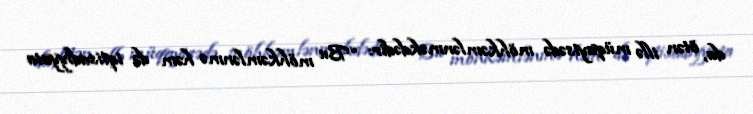
da, ötən illə müqayisədə möhkəmlənməkdədir: “Bu möhkəmlənmə həm də iqtisadiyyata